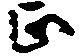
正